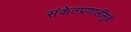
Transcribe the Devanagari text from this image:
संकेतप्रणालींमुळे